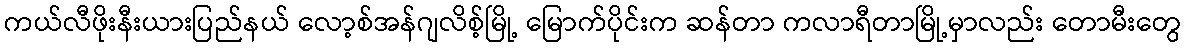
ကယ်လီဖိုးနီးယားပြည်နယ် လော့စ်အန်ဂျလိစ့်မြို့ မြောက်ပိုင်းက ဆန်တာ ကလာရီတာမြို့မှာလည်း တောမီးတွေ